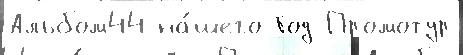
Альбом44 на́шего Год Промотур